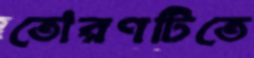
তোরণটিতে